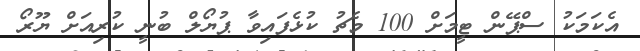
އެކަމަކު ސްޕޭން ޓީމަށް 100 މެޗު ކުޅެފައިވާ ޕުޔޯލް ބުނީ ކުރިއަށް ޔޫރޯ